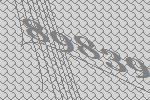
89839